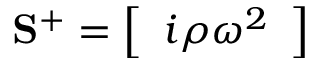
\mathbf { S } ^ { + } = \left[ \begin{array} { l } { i \rho \omega ^ { 2 } } \end{array} \right]